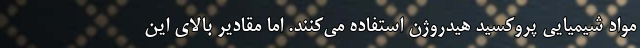
مواد شیمیایی پروکسید هیدروژن استفاده می‌کنند. اما مقادیر بالای این